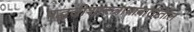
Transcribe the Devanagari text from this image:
पद्धतीशास्त्राबाबातीतील